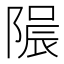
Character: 𨻟